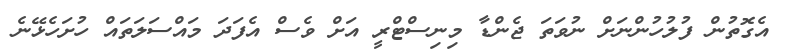
އެގޮތުން ފުލުހުންނަށް ނުވަތަ ޖެންޑާ މިނިސްޓްރީ އަށް ވެސް އެފަދަ މައްސަލަތައް ހުށަހެޅޭނެ